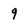
Character: 9